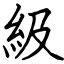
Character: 級